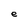
Character: e